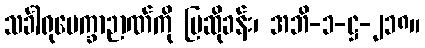
သင်္ခါရုပေက္ခာဉာဏ်ကို ပြဆိုခန်း၊ အဘိ-၁-ဋ္ဌ-၂၁၈။